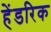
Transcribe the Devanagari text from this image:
हेंडरिक